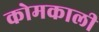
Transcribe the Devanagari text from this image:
कोमकाली